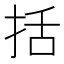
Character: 括